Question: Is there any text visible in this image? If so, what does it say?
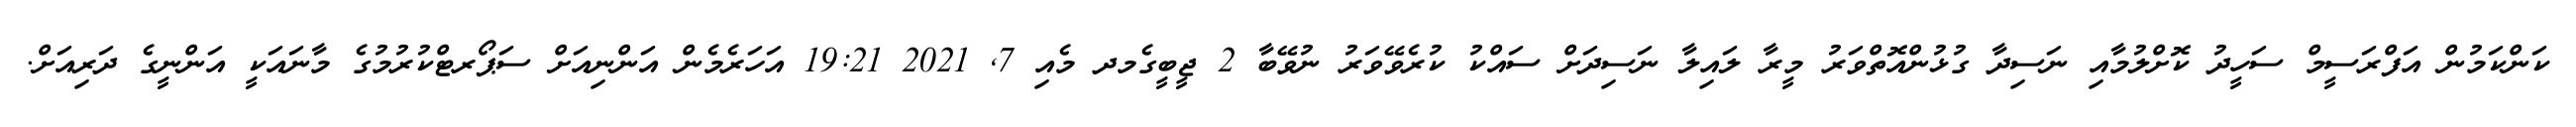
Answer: ކަންކަމުން އަފްރަސީމް ސަހީދު ކޮށްލުމާއި ނަސިދާ ގުޅުންއޮތްވަރު މީރާ ލައިލާ ނަސިދަށް ސައްކު ކުރެވޭވަރު ނުވޭބާ 2 ޖީބީގެމދ މެއި 7, 2021 19:21 އަހަރެމެން އަންނިއަށް ސަޕޯރޓްކުރުމުގެ މާނައަކީ އަންނީގެ ދަރިއަށް.